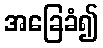
အခြေခံ၍